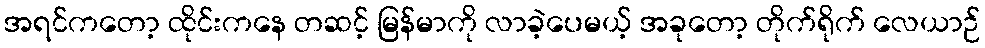
အရင်ကတော့ ထိုင်းကနေ တဆင့် မြန်မာကို လာခဲ့ပေမယ့် အခုတော့ တိုက်ရိုက် လေယာဉ်